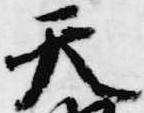
天